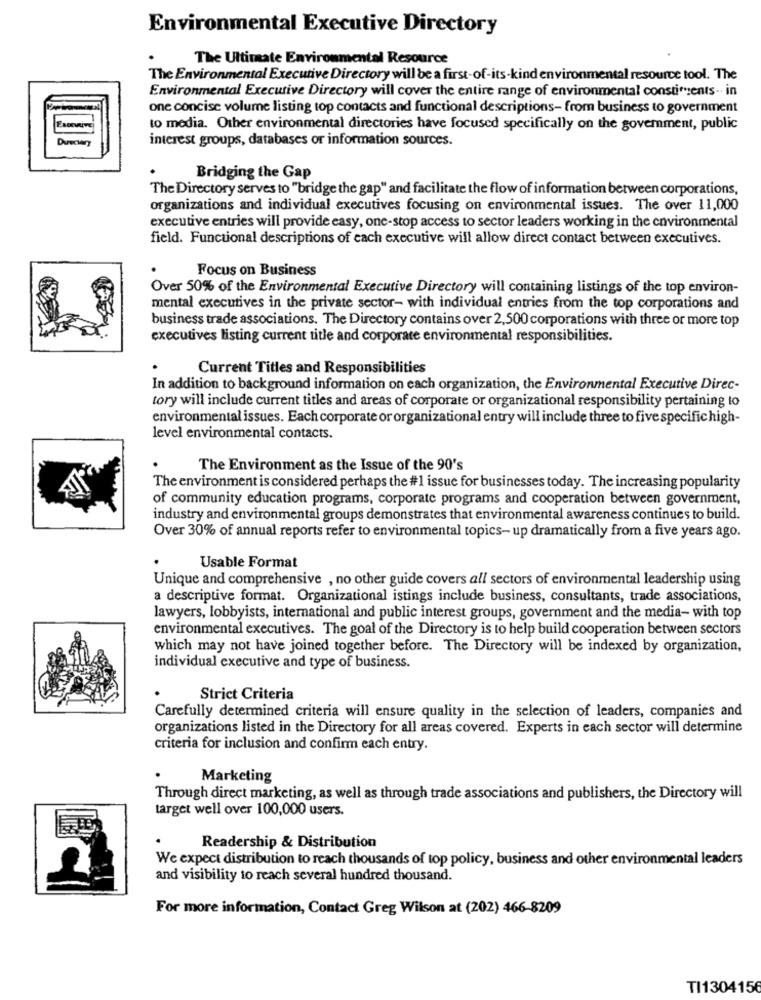
Environmental Executive Directory
The Ultimate Environmental Resource
The Environmental Executive Directory will be a first-of-its-kind environmental resource tool. The
Environmental Executive Directory will cover the entire range of environmental constiments- in
one concise volume listing top contacts and functional descriptions- from business to government
to media. Other environmental directories have focused specifically on the govemment, public
Duschery
interest groups, databases or information sources.
.
Bridging the Gap
The Directory serves to "bridge the gap" and facilitate the flow of information between corporations,
organizations and individual executives focusing on environmental issues. The over 11,000
executive entries will provide easy, one-stop access to sector leaders working in the environmental
field. Functional descriptions of each executive will allow direct contact between executives.
Focus on Business
Over 50% of the Environmental Executive Directory will containing listings of the top environ-
mental executives in the private sector- with individual entries from the top corporations and
business trade associations. The Directory contains over 2,500 corporations with three or more top
executives listing current title and corporate environmental responsibilities.
Current Titles and Responsibilities
In addition to background information on each organization, the Environmental Executive Direc-
tory will include current titles and areas of corporate or organizational responsibility pertaining to
environmental issues. Each corporate or organizational entry will include three to five specifichigh-
level environmental contacts.
The Environment as the Issue of the 90's
The environment is considered perhaps the #1 issue for businesses today. The increasing popularity
of community education programs, corporate programs and cooperation between government,
industry and environmental groups demonstrates that environmental awareness continues to build.
Over 30% of annual reports refer to environmental topics- up dramatically from a five years ago.
Usable Format
Unique and comprehensive , no other guide covers all sectors of environmental leadership using
a descriptive format. Organizational istings include business, consultants, trade associations,
lawyers, lobbyists, international and public interest groups, government and the media- with top
environmental executives. The goal of the Directory is to help build cooperation between sectors
which may not have joined together before. The Directory will be indexed by organization,
individual executive and type of business.
Strict Criteria
Carefully determined criteria will ensure quality in the selection of leaders, companies and
organizations listed in the Directory for all areas covered. Experts in each sector will determine
criteria for inclusion and confirm each entry.
Marketing
Through direct marketing, as well as through trade associations and publishers, the Directory will
target well over 100,000 users.
Readership & Distribution
We expect distribution to reach thousands of top policy, business and other environmental leaders
and visibility to reach several hundred thousand.
For more information, Contact Greg Wilson at (202) 466-8209
TI1304156